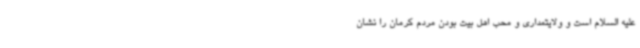
علیه السلام است و ولایتمداری و محب اهل بیت بودن مردم کرمان را نشان